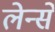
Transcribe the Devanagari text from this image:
लेन्से